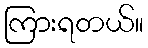
ကြားရတယ်။